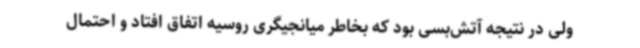
ولی در نتیجه آتش‌بسی بود که بخاطر میانجیگری روسیه اتفاق افتاد و احتمال